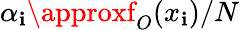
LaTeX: \alpha_{\mathbf{i}}\approxf_{O}(x_{\mathbf{i}})/N